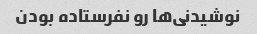
نوشیدنی‌ها رو نفرستاده بودن